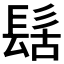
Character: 𮫀